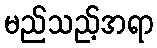
မည်သည့်အရာ